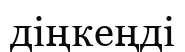
діңкеңді